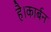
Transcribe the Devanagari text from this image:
है।कार्बन